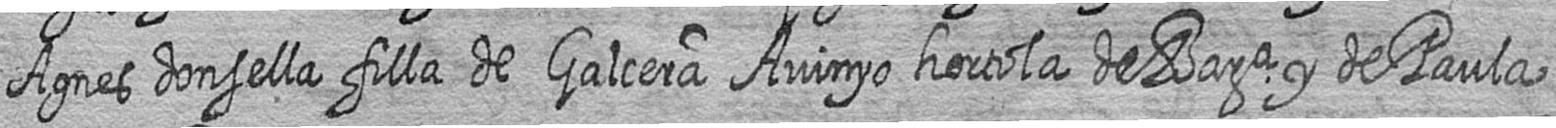
Agnes donsella filla de Galcera Avinyo hortola de Bara y de Paula